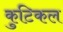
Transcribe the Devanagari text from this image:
कुटिकल